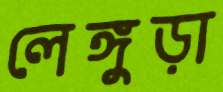
লেঙ্গুড়া